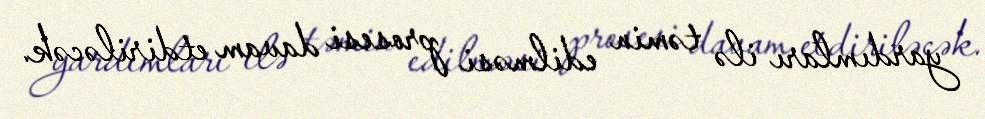
yardımları ilə təmin edilməsi prosesi davam etdiriləcək.